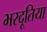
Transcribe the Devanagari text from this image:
भरदूतिया